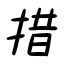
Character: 措